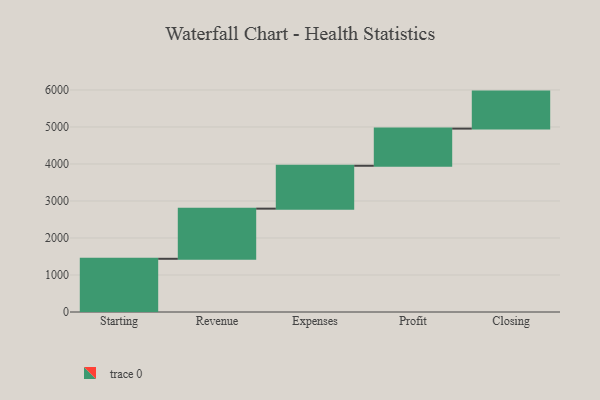
{"axis": {"x": "Step", "y": "Value"}, "legend": [""], "data": [{"x": "Starting", "y": 1438.0, "type": ""}, {"x": "Revenue", "y": 1355.0, "type": ""}, {"x": "Expenses", "y": 1159.0, "type": ""}, {"x": "Profit", "y": 1004.0, "type": ""}, {"x": "Closing", "y": 1000, "type": ""}]}